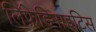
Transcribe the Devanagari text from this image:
लिंफ़ेडिनाइटिस